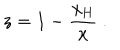
LaTeX: z = 1 - \frac { x _ { \mathrm { H } } } { x } \ .